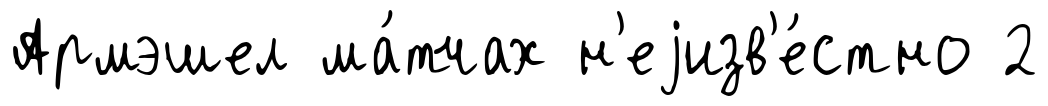
Армэшел ма́тчах н'еjизв'е́стно 2